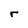
Character: r